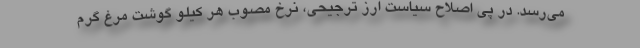
می‌رسد. در پی اصلاح سیاست ارز ترجیحی، نرخ مصوب هر کیلو گوشت مرغ گرم